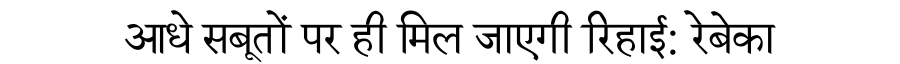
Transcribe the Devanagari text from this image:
आधे सबूतों पर ही मिल जाएगी रिहाई: रेबेका